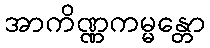
အာကိဏ္ဏကမ္မန္တော